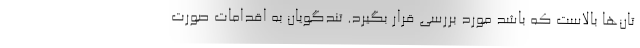
تان‌ها بالاست که باشد مورد بررسی قرار بگیرد. تندگویان به اقدامات صورت